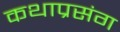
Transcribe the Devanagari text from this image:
कथाप्रसंग